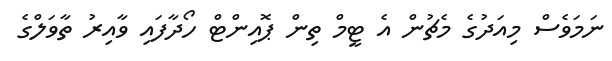
ނަމަވެސް މިއަދުގެ މެޗުން އެ ޓީމް ތިން ޕޮއިންޓް ހޯދާފައި ވާއިރު ތާވަލްގެ